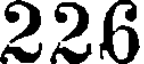
226